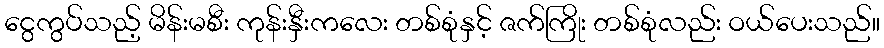
ငွေကွပ်သည့် မိန်းမစီး ကုန်းနှီးကလေး တစ်စုံနှင့် ဇက်ကြိုး တစ်စုံလည်း ဝယ်ပေးသည်။